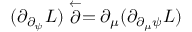
( \partial _ { \partial _ { \psi } } L ) \stackrel { \leftarrow } { \partial } = \partial _ { \mu } ( \partial _ { \partial _ { \mu } \psi } L )